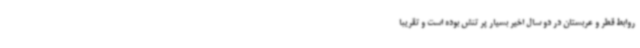
روابط قطر و عربستان در دو سال اخیر بسیار پر تنش بوده است و تقریبا